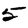
Digit: 5